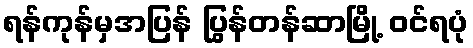
ရန်ကုန်မှအပြန် ပြွန်တန်ဆာမြို့ ဝင်ရပုံ